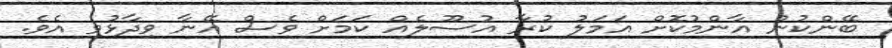
ބޭންކުން އާންމުކޮށް އަމަލު ކުރާ އުސޫލެއް ކަމަށް ވެސް އޭނާ ވިދާޅުވި އެވެ.